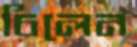
চিলেন